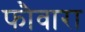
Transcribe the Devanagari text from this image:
फौवारा